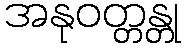
အနုဝတ္တန္တု